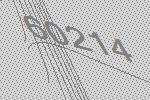
60214